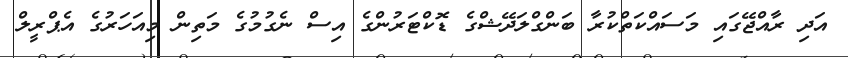
އަދި ރާއްޖޭގައި މަސައްކަތްކުރާ ބަންގްލަދޭޝްގެ ޑޮކްޓަރުންގެ އިސް ނެގުމުގެ މަތިން މިއަހަރުގެ އެޕްރީލް